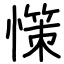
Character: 憡